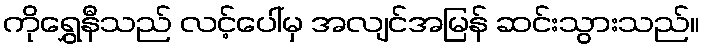
ကိုရွှေနီသည် လင့်ပေါ်မှ အလျင်အမြန် ဆင်းသွားသည်။